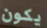
يكون